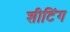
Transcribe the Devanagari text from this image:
शीटिंग